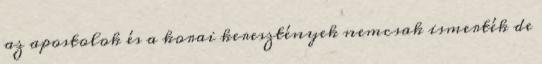
az apostolok és a korai keresztények nemcsak ismerték de